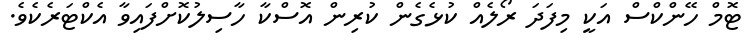
ޓޮމް ހޭންކްސް އަކީ މިފަދަ ރޯލެއް ކުޅެގެން ކުރިން އޮސްކާ ހާސިލުކޮށްފައިވާ އެކްޓަރެކެވެ.